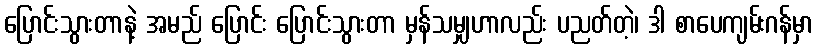
ပြောင်းသွားတာနဲ့ အမည် ပြောင်း ပြောင်းသွားတာ မှန်သမျှဟာလည်း ပညတ်တဲ့၊ ဒါ စာပေကျမ်းဂန်မှာ